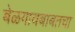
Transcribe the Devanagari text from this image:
बेळगावबाबतचा